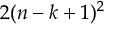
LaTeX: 2 ( n - k + 1 ) ^ { 2 }